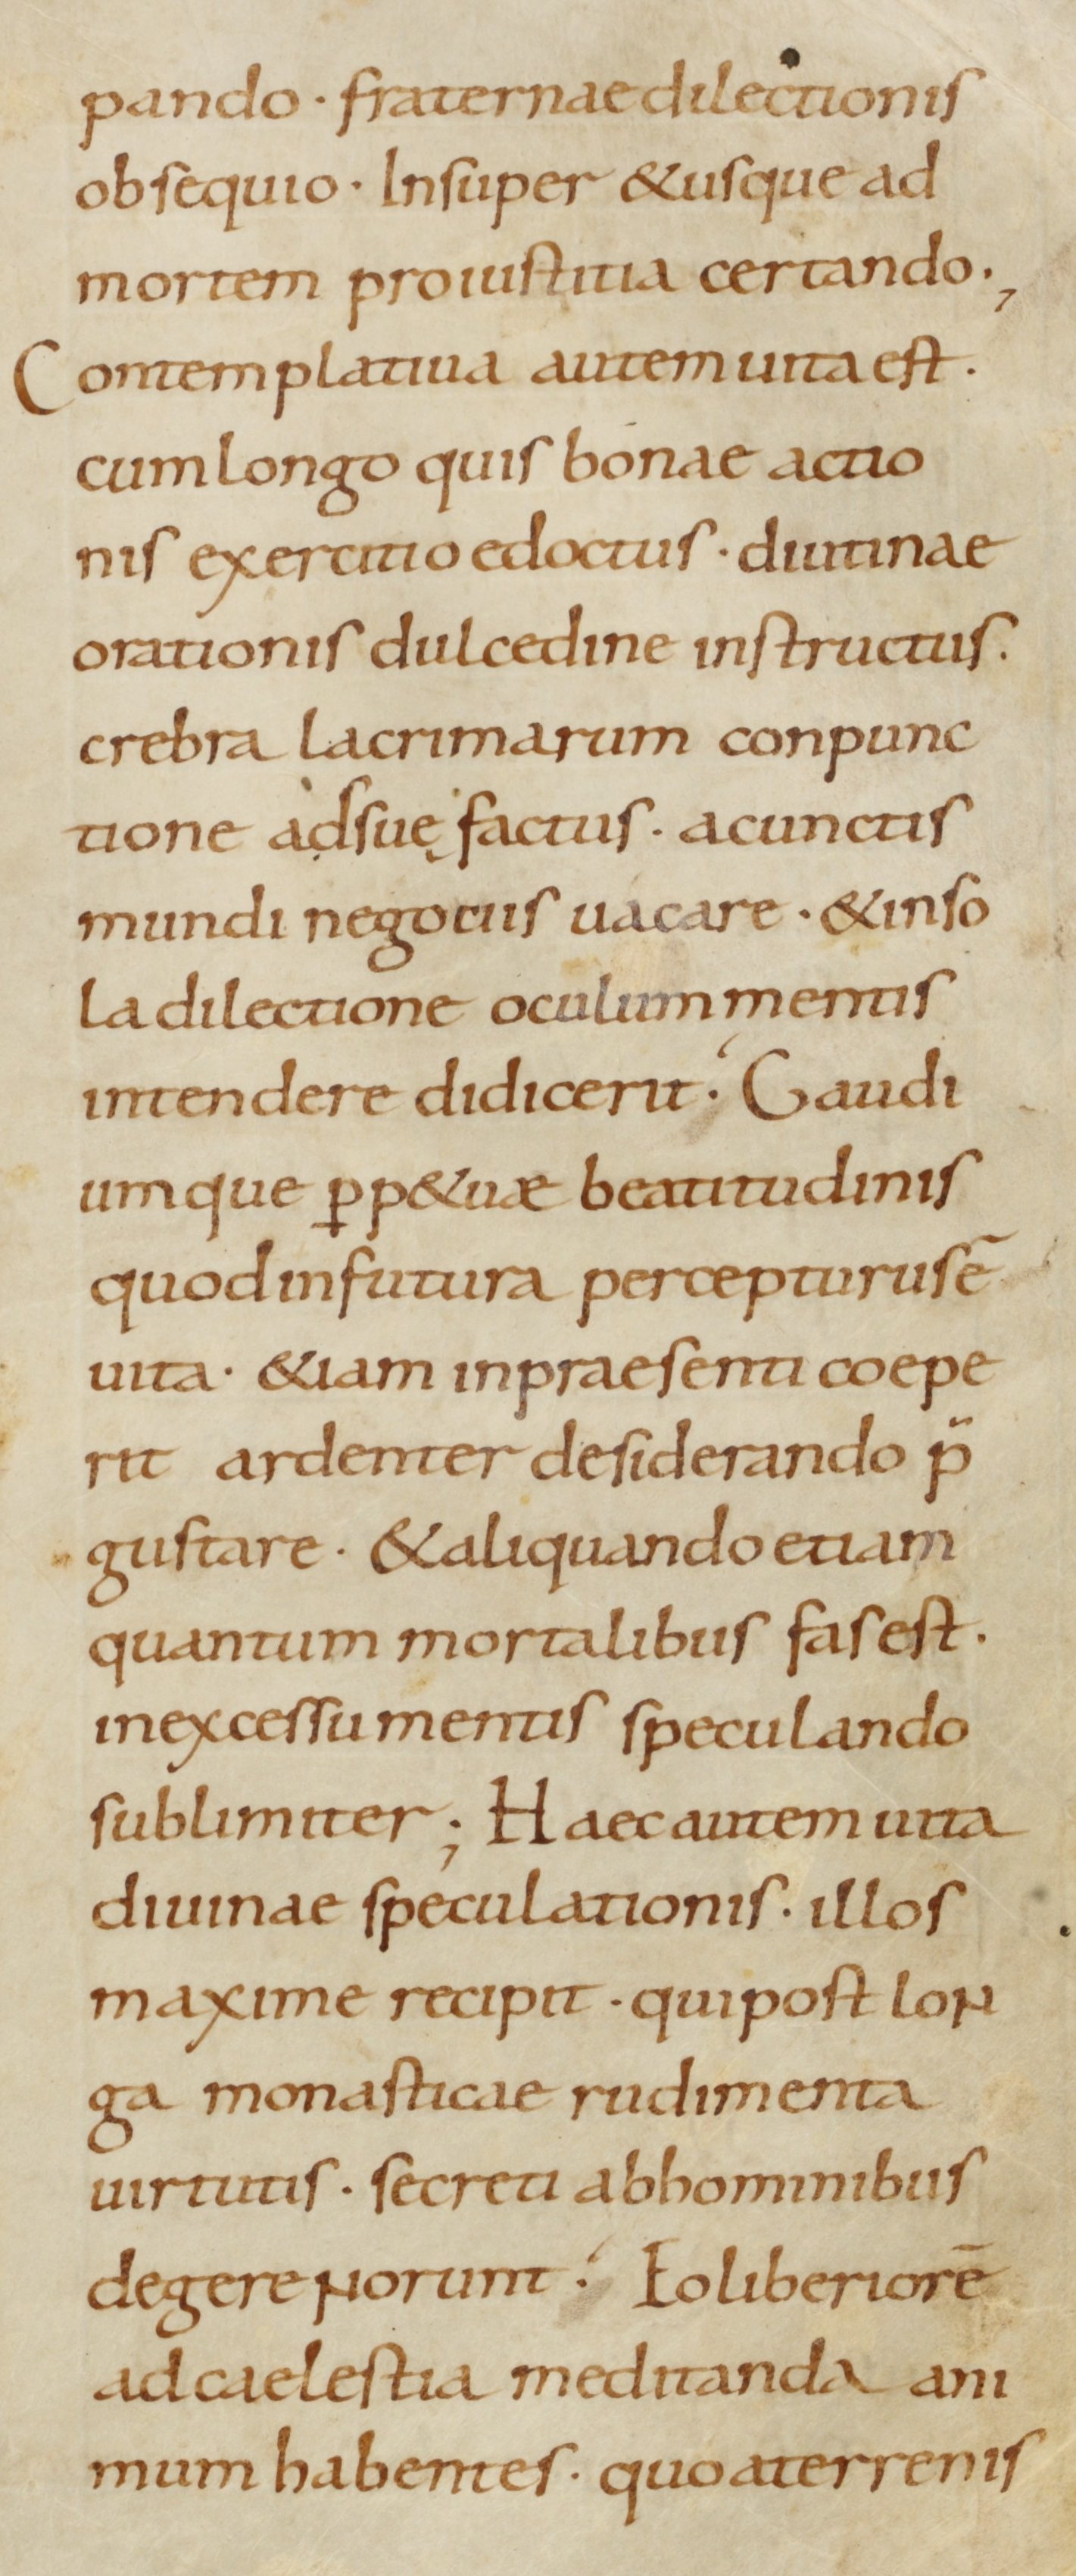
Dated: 900–930